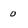
Character: 0